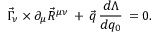
\vec { \Gamma } _ { \nu } \times \partial _ { \mu } \vec { R } ^ { \mu \nu } \, + \, \vec { q } \, \frac { d \Lambda } { d q _ { 0 } } \, = 0 .